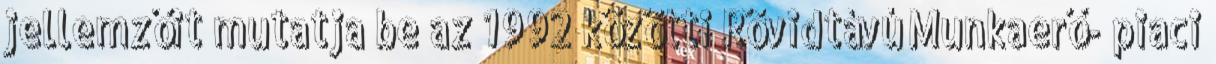
jellemzőit mutatja be az 1992 közötti Rövidtávú Munkaerő- piaci